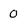
Character: O